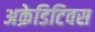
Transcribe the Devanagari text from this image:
अक्रेडिटिवस